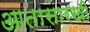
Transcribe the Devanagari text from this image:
आतासारखी